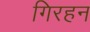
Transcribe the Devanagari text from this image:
गिरहन